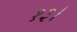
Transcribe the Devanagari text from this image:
१३।